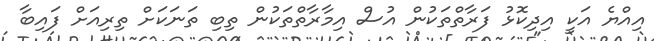
އިއްޔެ އަކީ އިދިކޮޅު ފަރާތްތަކުން އުސް އިމާރާތްތަކުން ތިބި ތަނަކަށް ތިރިއަށް ފައިބާ